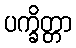
ပက္ခိတ္တာ